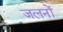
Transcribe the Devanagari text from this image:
जलनों